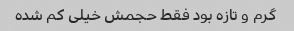
گرم و تازه بود فقط حجمش خیلی کم شده